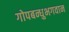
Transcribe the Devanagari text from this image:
गोपबन्धुभगवान